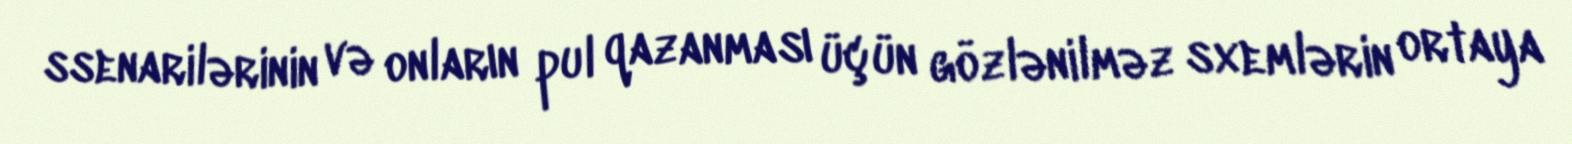
ssenarilərinin və onların pul qazanması üçün gözlənilməz sxemlərin ortaya